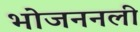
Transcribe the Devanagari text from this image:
भोजननली